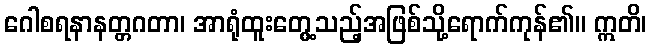
ဂေါစရနာနတ္တဂတာ၊ အာရုံထူးတွေ့သည့်အဖြစ်သို့ရောက်ကုန်၏။ ဣတိ၊